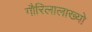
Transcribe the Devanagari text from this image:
गौरिलालाख्यो